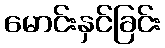
မောင်းနှင်ခြင်း